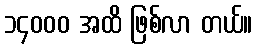
၁၄၀၀၀ အထိ ဖြစ်လာ တယ်။